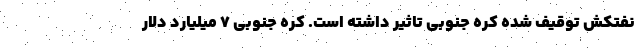
نفتکش توقیف شده کره جنوبی تاثیر داشته است. کره جنوبی ۷ میلیارد دلار